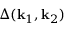
\Delta ( \mathbf { k } _ { 1 } , \mathbf { k } _ { 2 } )